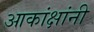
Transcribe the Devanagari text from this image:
आकांक्षांनी